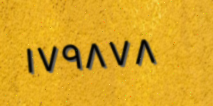
١٧٩٨٧٨